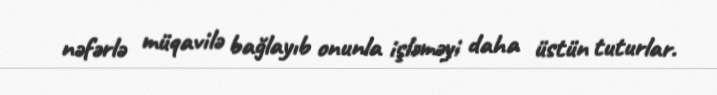
nəfərlə müqavilə bağlayıb onunla işləməyi daha üstün tuturlar.